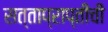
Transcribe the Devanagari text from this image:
सत्ताप्राप्तीची